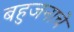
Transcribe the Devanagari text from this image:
बहुजनाचे